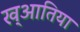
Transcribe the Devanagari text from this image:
ख्आतिया